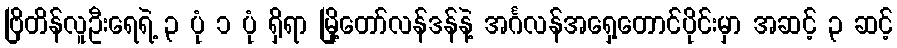
ဗြိတိန်လူဦးရေရဲ့ ၃ ပုံ ၁ ပုံ ရှိရာ မြို့တော်လန်ဒန်နဲ့ အင်္ဂလန်အရှေ့တောင်ပိုင်းမှာ အဆင့် ၃ ဆင့်